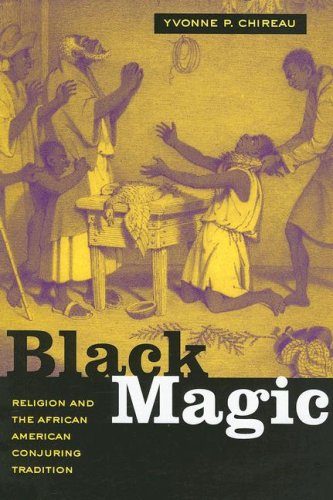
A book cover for Black Magic: Religion and the African American Conjuring Tradition; Yvonne P. Chireau; History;